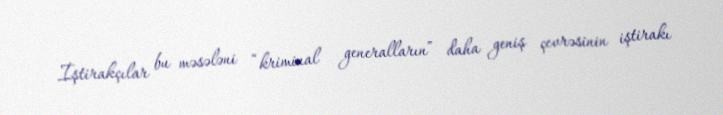
İştirakçılar bu məsələni “kriminal generalların” daha geniş çevrəsinin iştirakı